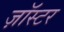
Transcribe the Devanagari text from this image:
ज़ॉस्टर